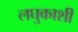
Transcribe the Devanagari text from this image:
लघुकाशी